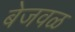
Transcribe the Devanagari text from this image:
बेजवळ